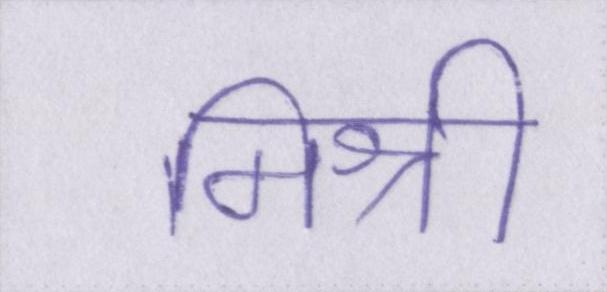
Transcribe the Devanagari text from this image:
मिश्री